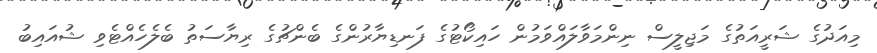
މިއަދުގެ ޝަރީއަތުގެ މަޖިލީސް ނިންމަވާލައްވަމުން ހައިކޯޓުގެ ފަނޑިޔާރުންގެ ބެންޗުގެ ރިޔާސަތު ބެލެހެއްޓެވި ޝުއައިބު